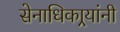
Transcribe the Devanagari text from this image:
सेनाधिकार्‍यांनी